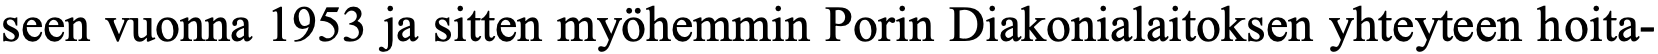
seen vuonna 1953 ja sitten myöhemmin Porin Diakonialaitoksen yhteyteen hoita-